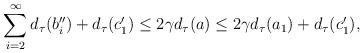
LaTeX: \begin{align*}\sum_{i=2}^\infty d_\tau(b_i'')+d_\tau(c_1')\leq 2\gamma d_\tau(a)\leq 2\gamma d_\tau(a_1)+d_\tau(c_1'),\end{align*}